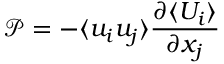
\mathcal { P } = - \langle u _ { i } u _ { j } \rangle \frac { \partial \langle U _ { i } \rangle } { \partial x _ { j } }